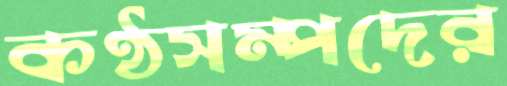
কণ্ঠসম্পদের